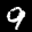
Label: 9